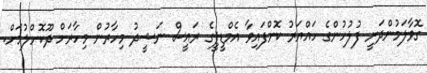
ގޮވާލަމުންދަނީ ފުލުހުންގެ ހައްޔަރު ކޮށްފައިވާ އެމްޑީޕީގެ ރައީސް ނަޝީދު މިހާރުން މިހާރަށް ދޫކޮށްލުމަށް.